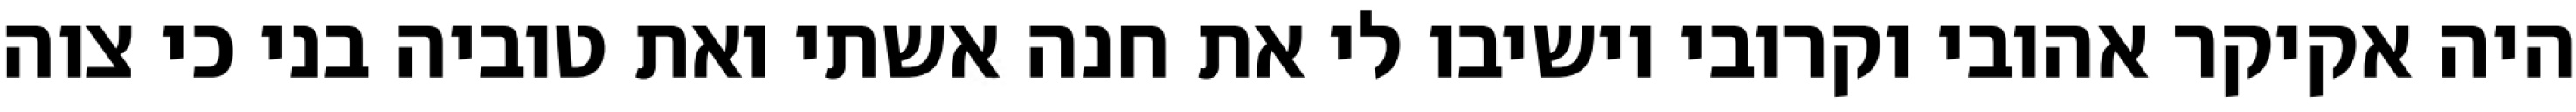
היה אקיקר אהובי וקרובי וישיבו לי את חנה אשתי ואת טוביה בני כי צוה